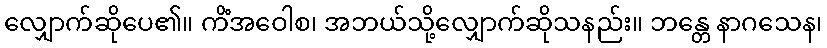
လျှောက်ဆိုပေ၏။ ကိံအဝေါစ၊ အဘယ်သို့လျှောက်ဆိုသနည်း။ ဘန္တေ နာဂသေန၊